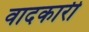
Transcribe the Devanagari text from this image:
वादकारी